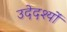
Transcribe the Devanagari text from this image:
उदेदश्यों